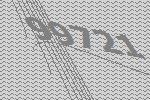
99721